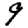
Digit: 9